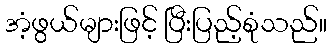
အံ့ဖွယ်များဖြင့် ပြီးပြည့်စုံသည်။